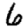
Digit: 6